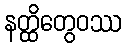
နတ္ထိတွေဝဿ